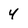
Character: 4